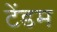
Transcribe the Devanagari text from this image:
टेंडम